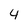
Character: 4